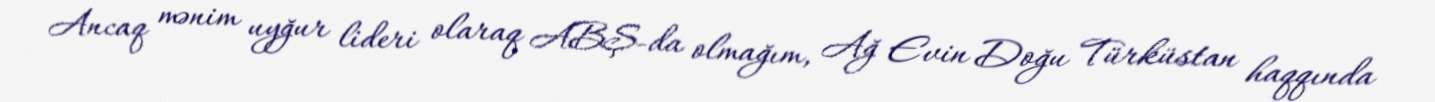
Ancaq mənim uyğur lideri olaraq ABŞ-da olmağım, Ağ Evin Doğu Türküstan haqqında